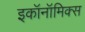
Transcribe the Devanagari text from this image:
इकॉनॉमिक्‍स